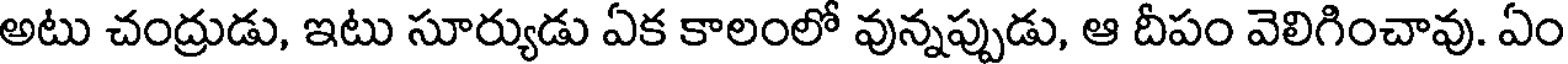
అటు చంద్రుడు, ఇటు సూర్యుడు ఏక కాలంలో వున్నప్పుడు, ఆ దీపం వెలిగించావు. ఏం